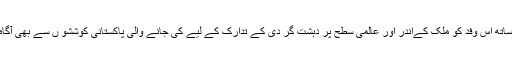
اس کے ساتھ ساتھ اس وفد کو ملک کےاندر اور عالمی سطح پر دہشت گر دی کے تدارک کے لیے کی جانے والی پاکستانی کوششو ں سے بھی آگاہ کیا جائے گا۔